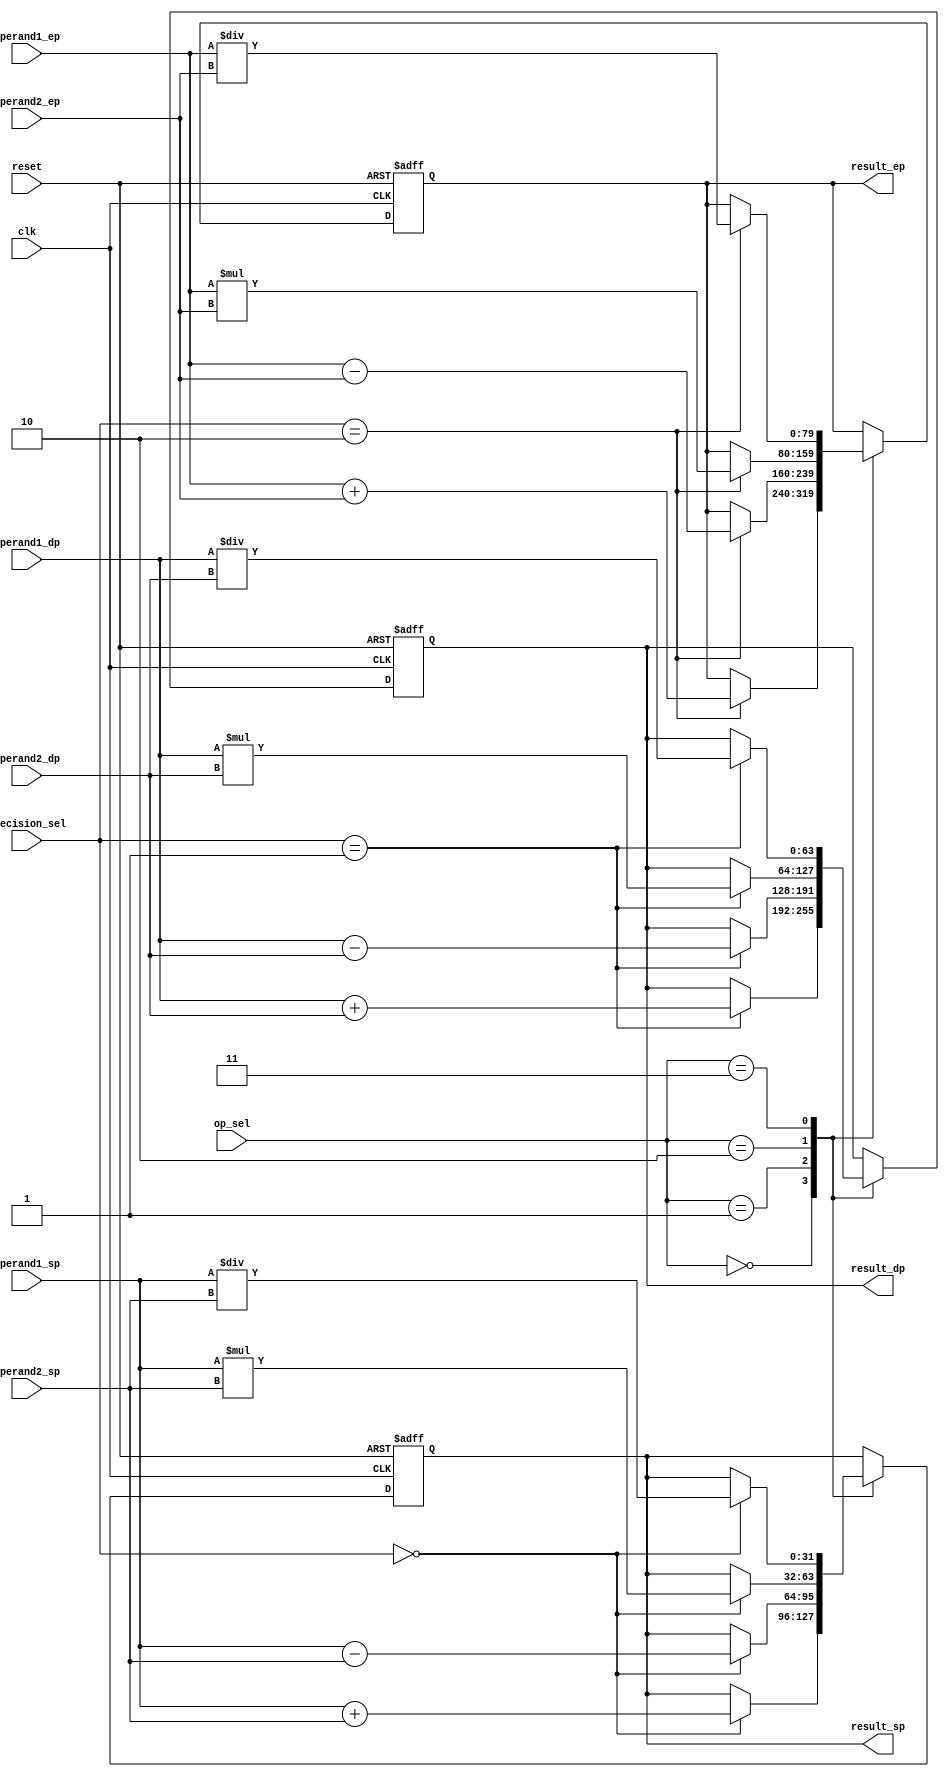
module MixedPrecisionFloatingPointUnit (
    input wire clk,
    input wire reset,
    input wire [1:0] op_sel,
    input wire [1:0] precision_sel,
    input wire [31:0] operand1_sp,
    input wire [63:0] operand1_dp,
    input wire [79:0] operand1_ep,
    input wire [31:0] operand2_sp,
    input wire [63:0] operand2_dp,
    input wire [79:0] operand2_ep,
    output reg [31:0] result_sp,
    output reg [63:0] result_dp,
    output reg [79:0] result_ep
);

always @(posedge clk or posedge reset) begin
    if (reset) begin
        result_sp <= 32'b0;
        result_dp <= 64'b0;
        result_ep <= 80'b0;
    end else begin
        case (op_sel)
            2'b00: begin // Addition
                case (precision_sel)
                    2'b00: result_sp <= operand1_sp + operand2_sp; // Single precision
                    2'b01: result_dp <= operand1_dp + operand2_dp; // Double precision
                    2'b10: result_ep <= operand1_ep + operand2_ep; // Extended precision
                endcase
            end
            2'b01: begin // Subtraction
                case (precision_sel)
                    2'b00: result_sp <= operand1_sp - operand2_sp; // Single precision
                    2'b01: result_dp <= operand1_dp - operand2_dp; // Double precision
                    2'b10: result_ep <= operand1_ep - operand2_ep; // Extended precision
                endcase
            end
            2'b10: begin // Multiplication
                case (precision_sel)
                    2'b00: result_sp <= operand1_sp * operand2_sp; // Single precision
                    2'b01: result_dp <= operand1_dp * operand2_dp; // Double precision
                    2'b10: result_ep <= operand1_ep * operand2_ep; // Extended precision
                endcase
            end
            2'b11: begin // Division
                case (precision_sel)
                    2'b00: result_sp <= operand1_sp / operand2_sp; // Single precision
                    2'b01: result_dp <= operand1_dp / operand2_dp; // Double precision
                    2'b10: result_ep <= operand1_ep / operand2_ep; // Extended precision
                endcase
            end
            default: begin
                result_sp <= 32'b0;
                result_dp <= 64'b0;
                result_ep <= 80'b0;
            end
        endcase
    end
end

endmodule